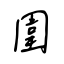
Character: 圍